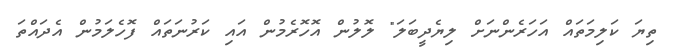
ތިޔަ ކަލިމަތައް އަހަރެންނަށް ލިޔެދީބަލަ" ލޮލުން އޮހޮރެމުން އައި ކަރުނަތައް ފޮހެލަމުން އެދައްތަ